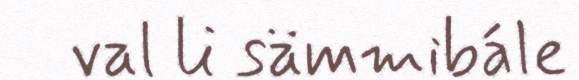
val li sämmibále